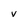
Character: v